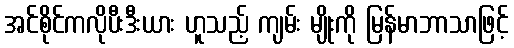
အင်စိုင်ကလိုပီးဒီးယား ဟူသည့် ကျမ်း မျိုးကို မြန်မာဘာသာဖြင့်